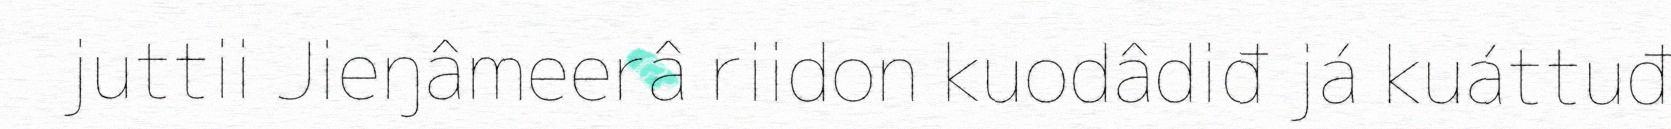
juttii Jieŋâmeerâ riidon kuodâdiđ já kuáttuđ